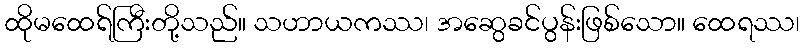
ထိုမထေရ်ကြီးတို့သည်။ သဟာယကဿ၊ အဆွေခင်ပွန်းဖြစ်သော။ ထေရဿ၊